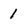
Character: 1